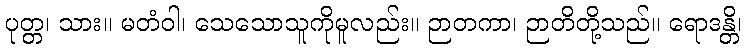
ပုတ္တ၊ သား။ မတံဝါ၊ သေသောသူကိုမူလည်း။ ဉာတကာ၊ ဉာတိတို့သည်။ ရောဒန္တိ၊